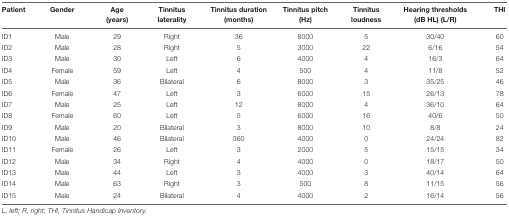
| Patient | Gender | Age (years) | Tinnitus laterality | Tinnitus duration (months) | Tinnitus pitch (Hz) | Tinnitus loudness | Hearing thresholds (dB HL) (L/R) | THI |
 | --- | --- | --- | --- | --- | --- | --- | --- | --- |
 | ID1 | Male | 29 | Right | 36 | 8000 | 5 | 30/40 | 60 |
 | ID2 | Male | 28 | Right | 5 | 3000 | 22 | 6/16 | 54 |
 | ID3 | Male | 30 | Left | 6 | 4000 | 4 | 16/3 | 64 |
 | ID4 | Female | 59 | Left | 4 | 500 | 4 | 11/8 | 52 |
 | ID5 | Male | 36 | Bilateral | 6 | 8000 | 3 | 35/25 | 46 |
 | ID6 | Female | 47 | Left | 3 | 6000 | 15 | 26/13 | 78 |
 | ID7 | Male | 25 | Left | 12 | 8000 | 4 | 36/10 | 64 |
 | ID8 | Female | 60 | Left | 5 | 6000 | 16 | 40/6 | 50 |
 | ID9 | Male | 20 | Bilateral | 3 | 8000 | 10 | 8/8 | 24 |
 | ID10 | Male | 46 | Bilateral | 360 | 4000 | 0 | 24/24 | 82 |
 | ID11 | Female | 26 | Left | 3 | 2000 | 5 | 15/15 | 34 |
 | ID12 | Male | 34 | Right | 4 | 4000 | 0 | 18/17 | 50 |
 | ID13 | Male | 44 | Left | 3 | 4000 | 3 | 40/14 | 64 |
 | ID14 | Male | 63 | Right | 3 | 500 | 8 | 11/15 | 56 |
 | ID15 | Male | 24 | Bilateral | 4 | 4000 | 2 | 16/14 | 56 |